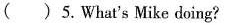
( )5.What's Mike doing?